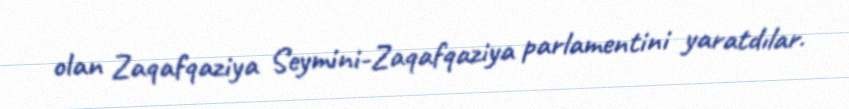
olan Zaqafqaziya Seymini-Zaqafqaziya parlamentini yaratdılar.